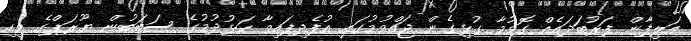
އަލިފާން ފަރުބަދައެއް ގޮވުމާ ގުޅިގެން ޖައްވުމުގައި އުފެދިފައިވާ ކަޅުދުމުގެ ސަބަބުން ޔޫރަޕްގެ ވިހި